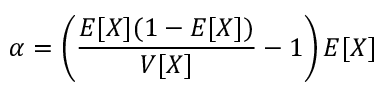
\alpha = \left( { \frac { E [ X ] ( 1 - E [ X ] ) } { V [ X ] } } - 1 \right) E [ X ]